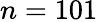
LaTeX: n=101